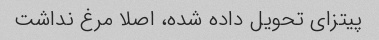
پیتزای تحویل داده شده، اصلا مرغ نداشت